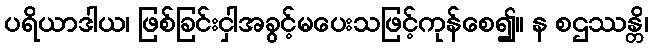
ပရိယာဒါယ၊ ဖြစ်ခြင်းငှါအခွင့်မပေးသဖြင့်ကုန်စေ၍။ န စဌဿန္တိ၊